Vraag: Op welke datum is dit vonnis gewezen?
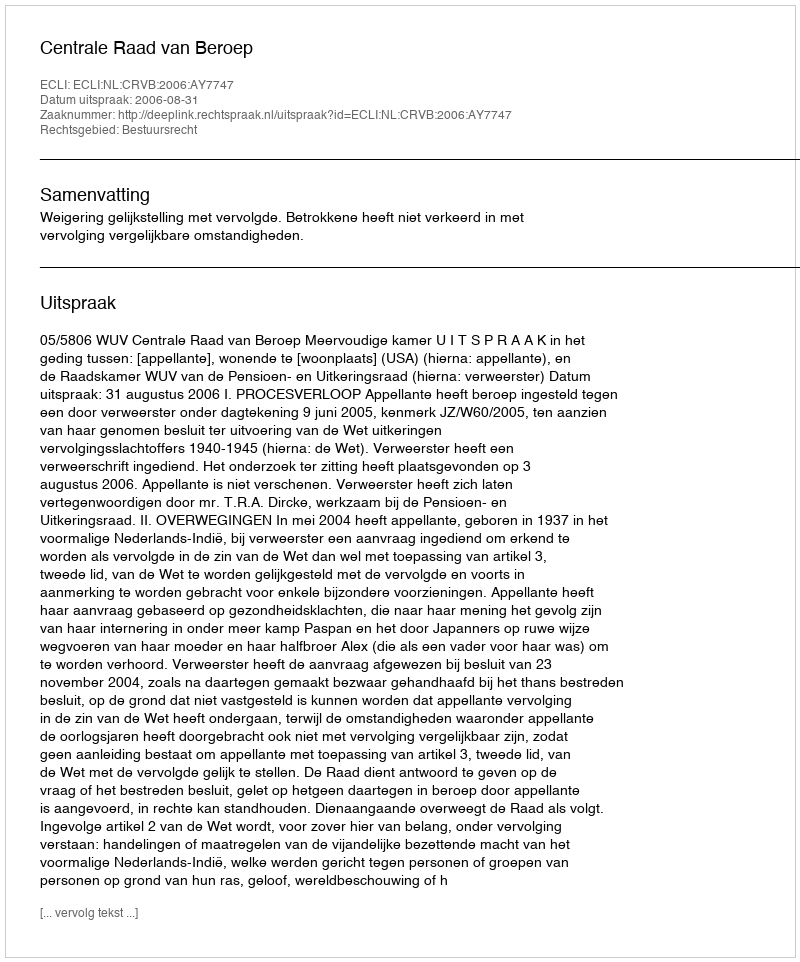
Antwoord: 2006-08-31